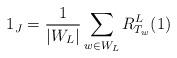
LaTeX: \begin{align*} 1_J = \frac{1}{|W_L|}\sum\limits_{w\in W_L} R_{T_w}^L (1)\end{align*}